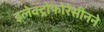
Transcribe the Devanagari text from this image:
इलेक्ट्रोफोरेसीनने